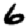
Digit: 6